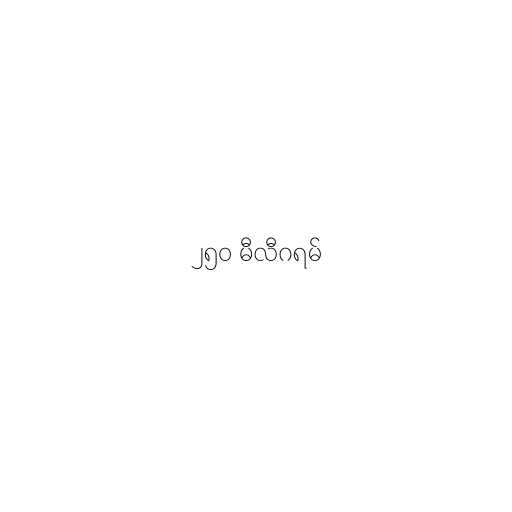
၂၅၀ မီလီဂရမ်